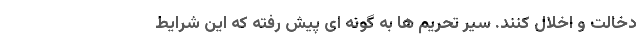
دخالت و اخلال کنند. سیر تحریم ها به گونه ای پیش رفته که این شرایط